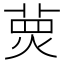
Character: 𤋂